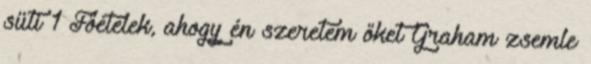
süti 1 Főételek, ahogy én szeretem őket Graham zsemle